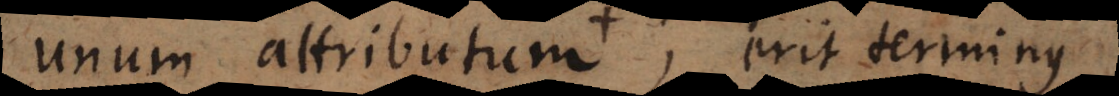
unum attributum, erit terminus